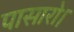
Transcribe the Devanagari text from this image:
पासारो।